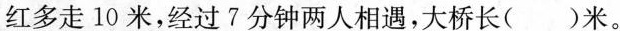
红多走10米，经过7分钟两人相遇，大桥长（ ）米。